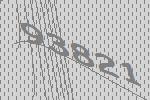
93821